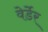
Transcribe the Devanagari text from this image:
वेर्डेर